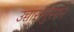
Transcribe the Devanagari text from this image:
उच्चारांनुसार